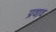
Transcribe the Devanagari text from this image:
प्रवाव